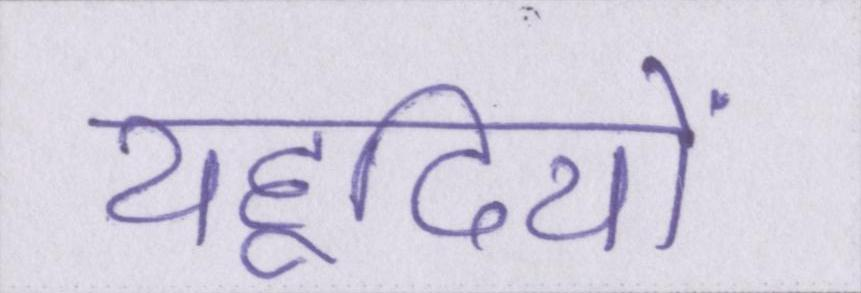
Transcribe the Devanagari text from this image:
यहूदियों